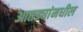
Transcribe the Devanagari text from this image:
आतड्यांमधील